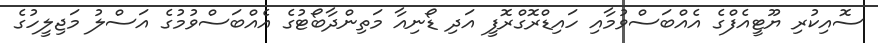
ސޮއިކުރި ޔޫޓީއެފްގެ އެއްބަސްވުމާއި ހައިޑްރޮގްރޮފީ އަދި ޑޯނިއާ މަތިންދާބޯޓުގެ އެއްބަސްވުމުގެ އަސްލު މަޖިލީހުގެ